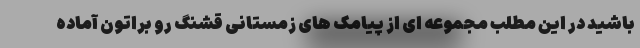
باشید در این مطلب مجموعه ای از پیامک های زمستانی قشنگ رو براتون آماده